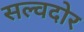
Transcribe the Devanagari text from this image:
सल्वदोर